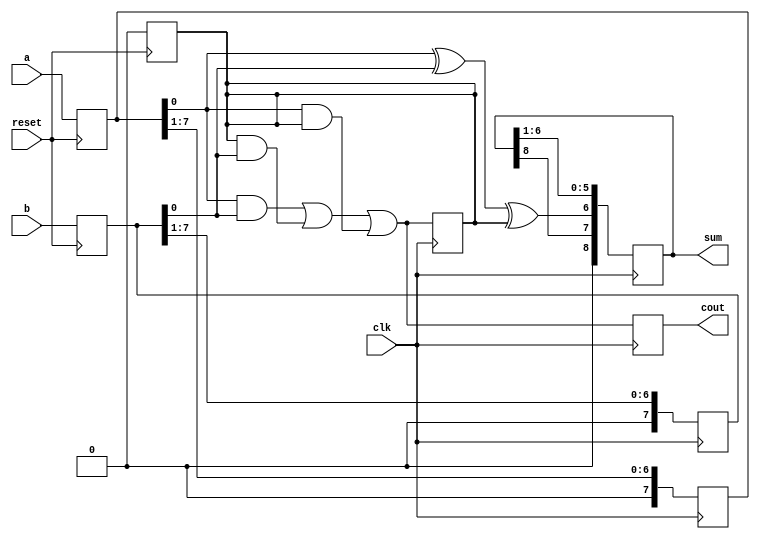
`timescale 1ns / 1ps
//////////////////////////////////////////////////////////////////////////////////
// Company: 
// Engineer: 
// 
// Design Name: 
// Module Name: SerialAdder
// Project Name: 
// Target Devices: 
// Tool Versions: 
// Description: 
// 
// Dependencies: 
// 
// Revision:
// Revision 0.01 - File Created
// Additional Comments:
// 
//////////////////////////////////////////////////////////////////////////////////


module SerialAdder(a, b, cout, sum, clk, reset);

input [7:0]a, b;
input clk, reset;
output reg cout;
output reg [8:0]sum;
reg [7:0]an, bn;
reg cin;

always@(posedge reset)
begin
    if(reset == 1)
        begin
            cin = 0;
            an[7:0] = a[7:0];
            bn[7:0] = b[7:0];
        end
end

always@(posedge clk)
    begin
        sum[7] = an[0] ^ bn[0] ^ cin;
        sum = sum >> 1;
        cout = (an[0] & bn[0]) | (cin & bn[0]) | (an[0] & cin);
        an = an>>1;
        bn = bn>>1;
        cin = cout;
    end
    
endmodule